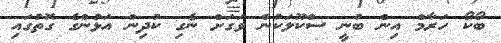
ބޯކޯ ހަރާމް އިން ބުނީ ސްކޫލަކުން ވަގަށް ނެގި ކުދިން އަޅުންގެ ގޮތުގައި